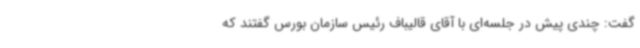
گفت: چندی پیش در جلسه‌ای با آقای قالیباف رئیس سازمان بورس گفتند که